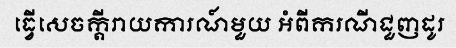
ធ្វើសេចក្តីរាយការណ៍មួយ អំពីករណីជួញដូរ